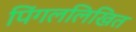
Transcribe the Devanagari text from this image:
पिंगललिखित